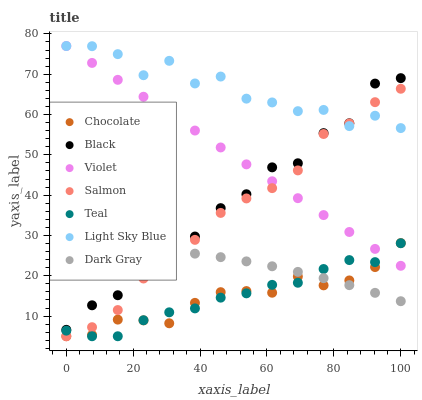
| xaxis_label | Chocolate | Black | Violet | Salmon | Teal | Light Sky Blue | Dark Gray |
 | --- | --- | --- | --- | --- | --- | --- | --- |
 | 0 | 5 | 6.59 | 77 | 5 | 6.39 | 77 | 27.3 |
 | 7.69 | 5.34 | 12.7 | 72.8 | 7.25 | 5 | 77 | 27.3 |
 | 15.4 | 9.13 | 15.2 | 68.6 | 11.5 | 5 | 75 | 27.1 |
 | 23.1 | 8.94 | 23.4 | 64.4 | 19.3 | 8.97 | 69.8 | 26.7 |
 | 30.8 | 8.22 | 28.6 | 60.2 | 23.5 | 10.9 | 73.3 | 26.2 |
 | 38.5 | 13.3 | 29.7 | 56 | 28.9 | 11.9 | 67.7 | 25.5 |
 | 46.2 | 15.9 | 36.8 | 51.8 | 35.6 | 14.6 | 69.4 | 24.6 |
 | 53.8 | 16.2 | 40.2 | 47.6 | 39.2 | 15.6 | 63.9 | 23.6 |
 | 61.5 | 15.8 | 46.9 | 43.4 | 41.7 | 17.8 | 63 | 22.4 |
 | 69.2 | 19.8 | 47.9 | 39.3 | 46.1 | 18.3 | 60.8 | 21 |
 | 76.9 | 17.6 | 55.4 | 35.1 | 55.2 | 21.7 | 61.1 | 19.4 |
 | 84.6 | 18.8 | 57.8 | 30.9 | 57.8 | 23.9 | 57.1 | 17.7 |
 | 92.3 | 22.2 | 67.7 | 26.7 | 63.1 | 23.4 | 59.7 | 15.8 |
 | 100 | 28.1 | 69 | 22.5 | 66.4 | 28.1 | 56.6 | 13.7 |